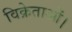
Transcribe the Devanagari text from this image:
विक्रेताओं।